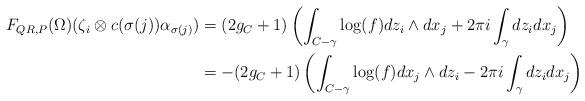
LaTeX: \begin{align*}F_{QR,P}(\Omega)(\zeta_i \otimes c(\sigma(j))\alpha_{\sigma(j)})&=(2g_C+1)\left(\int_{C-\gamma} \log(f) dz_i \wedge dx_j + 2\pi i \int_{\gamma} dz_i dx_j \right)\\&=-(2g_C+1)\left(\int_{C-\gamma} \log(f) dx_j \wedge dz_i - 2\pi i \int_{\gamma} dz_idx_j \right)\end{align*}